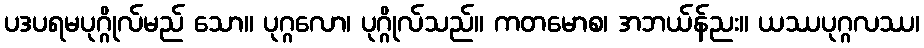
ပဒပရမပုဂ္ဂိုလ်မည် သော။ ပုဂ္ဂလော၊ ပုဂ္ဂိုလ်သည်။ ကတမောစ၊ အဘယ်န်ညး။ ယဿပုဂ္ဂလဿ၊